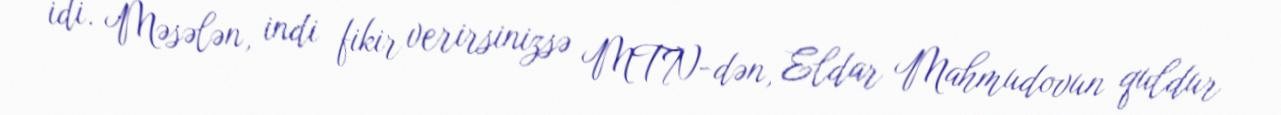
idi. Məsələn, indi fikir verirsinizsə MTN-dən, Eldar Mahmudovun quldur